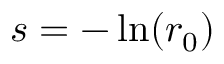
s = - \ln ( r _ { 0 } )